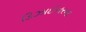
ડિઝાઈનરના